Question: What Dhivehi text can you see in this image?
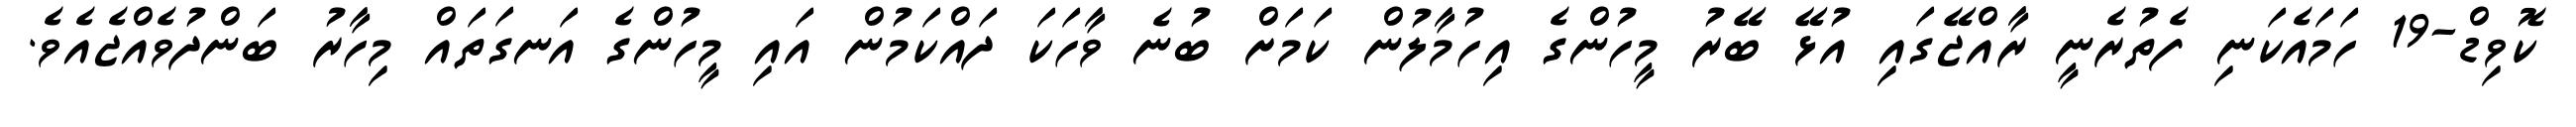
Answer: ކޮވިޑް-19 ހަމައެކަނި ފެތުރެނީ ރާއްޖޭގައި އުޅޭ ބޭރު މީހުންގެ އިހުމާލުން ކަމަށް ބުނެ ވާހަކަ ދައްކަމުން އައި މީހުންގެ އަނގަތައް މިހާރު ބަންދުވެއްޖެއެވެ.